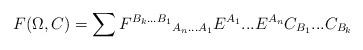
LaTeX: \begin{align*}F(\Omega, C)=\sum {F^{B_k...B_1}}_{A_n...A_1}E^{A_1}...E^{A_n} C_{B_1}...C_{B_k}\end{align*}